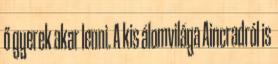
ő gyerek akar lenni. A kis álomvilága Aincradról is